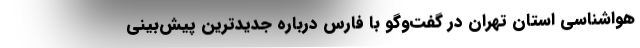
هواشناسی استان تهران در گفت‌وگو با فارس درباره جدیدترین پیش‌بینی